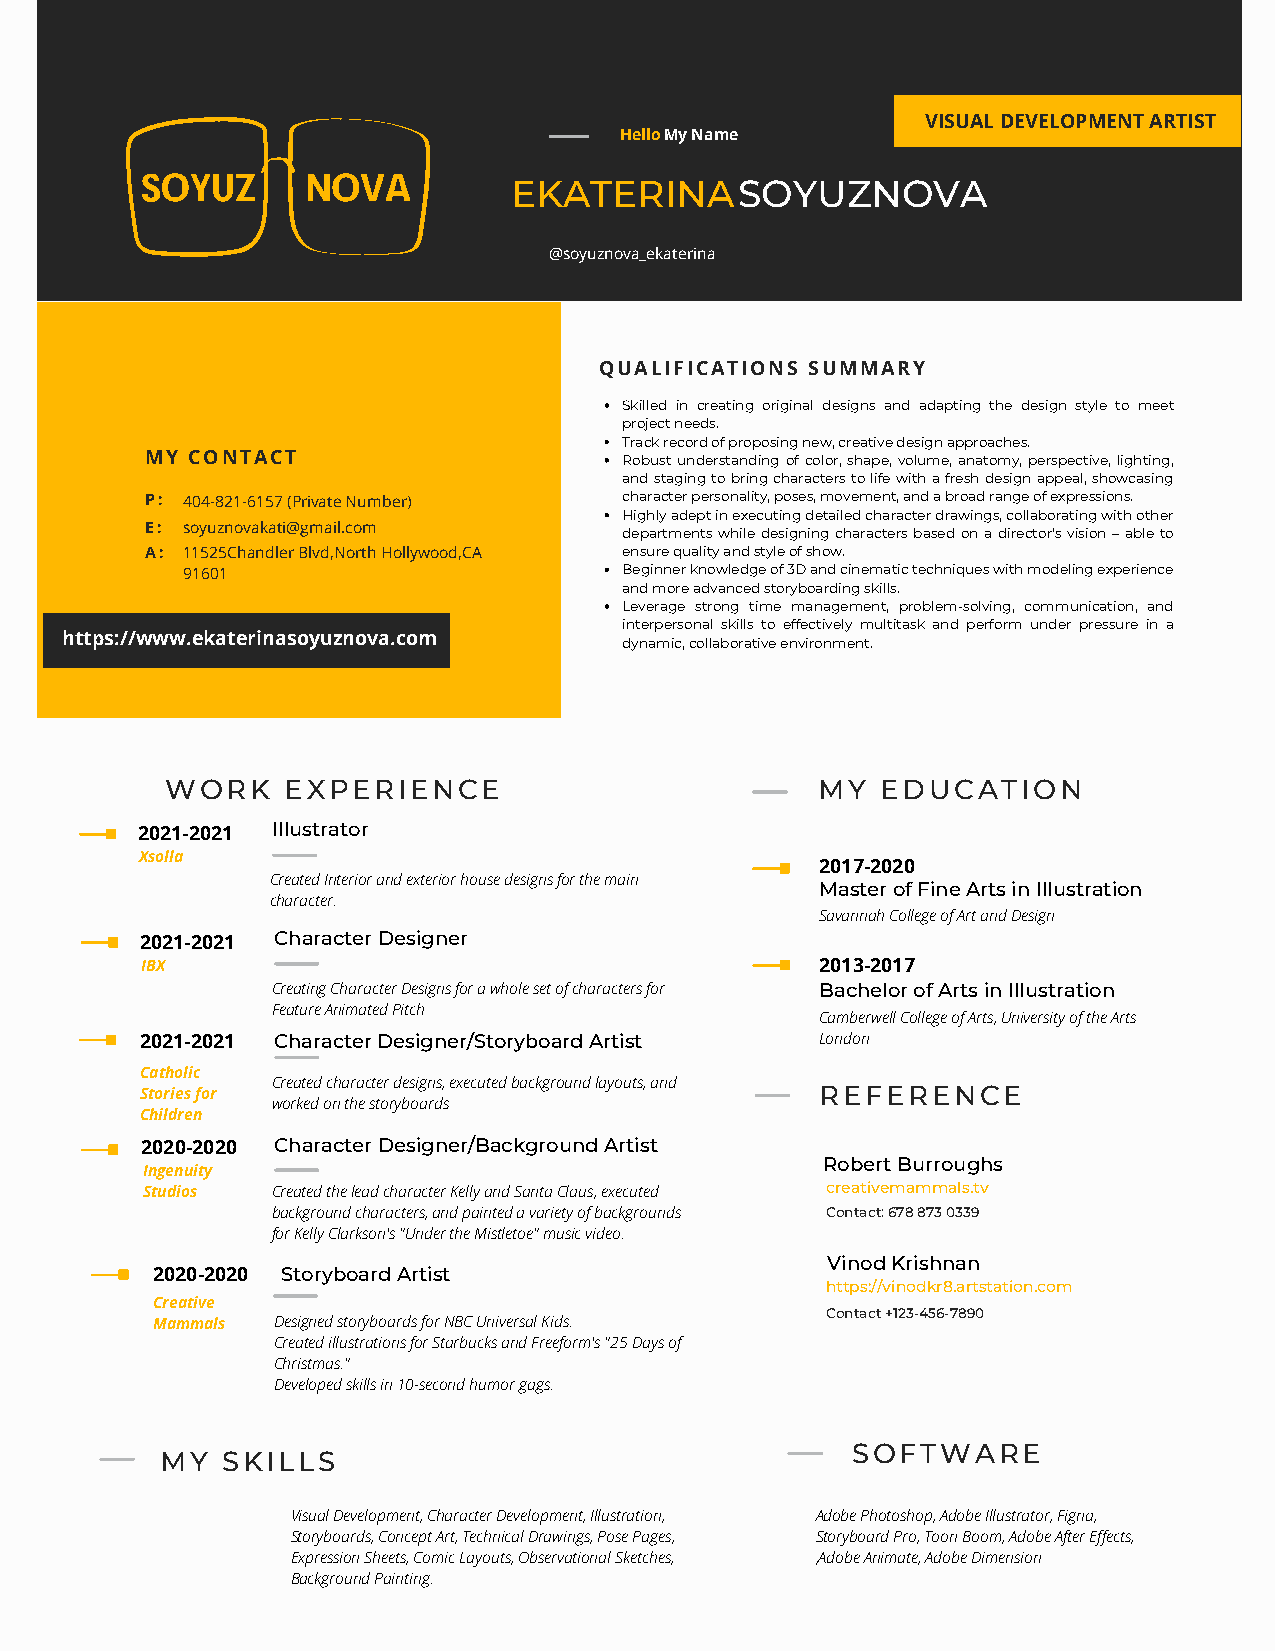
VISUAL DEVELOPMENT ARTIST
 HelloMy Name
 EKATERINASOYUZNOVA
 @soyuznova_ekaterina
 QUALIFICATIONS SUMMARY
 Skilled in creating original designs and adapting the design style to meet
 project needs.
 Track record of proposing new, creative design approaches.
 MY CONTACT                     Robust understanding of color, shape, volume, anatomy, perspective, lighting,
 and staging to bring characters to life with a fresh design appeal, showcasing
 P : 404-821-6157 (Private Number) character personality, poses, movement, and a broad range of expressions.
 Highly adept in executing detailed character drawings, collaborating with other
 E : soyuznovakati@gmail.com    departments while designing characters based on a director's vision – able to
 A : 11525Chandler Blvd,North Hollywood,CA ensure quality and style of show.
 91601                        Beginner knowledge of 3D and cinematic techniques with modeling experience
 and more advanced storyboarding skills.
 Leverage strong time management, problem-solving, communication, and
 interpersonal skills to effectively multitask and perform under pressure in a
 https://www.ekaterinasoyuznova.com
 dynamic, collaborative environment.
 WORK    EXPERIENCE                         MY  EDUCATION
 2021-2021 Illustrator
 Xsolla
 2017-2020
 Created Interior and exterior house designs for the main
 Master of Fine Arts in Illustration
 character.
 Savannah College of Art and Design
 2021-2021 Character Designer
 IBX                                          2013-2017
 Creating Character Designs for a whole set of characters for Bachelor of Arts in Illustration
 Feature Animated Pitch
 Camberwell College of Arts, University of the Arts
 2021-2021 Character Designer/Storyboard Artist London
 Catholic
 Created character designs, executed background layouts, and
 Stories for                                  REFERENCE
 worked on the storyboards
 Children
 2020-2020 Character Designer/Background Artist
 Robert Burroughs
 Ingenuity
 Studios  Created the lead character Kelly and Santa Claus, executed creativemammals.tv
 background characters, and painted a variety of backgrounds Contact: 678 873 0339
 for Kelly Clarkson's "Under the Mistletoe" music video.
 Vinod Krishnan
 2020-2020 Storyboard Artist
 https://vinodkr8.artstation.com
 Creative
 Contact +123-456-7890
 Mammals Designed storyboards for NBC Universal Kids.
 Created illustrations for Starbucks and Freeform's "25 Days of
 Christmas."
 Developed skills in 10-second humor gags.
 SOFTWARE
 MY  SKILLS
 Visual Development, Character Development, Illustration, Adobe Photoshop, Adobe Illustrator, Figna,
 Storyboards, Concept Art, Technical Drawings, Pose Pages, Storyboard Pro, Toon Boom, Adobe After Effects,
 Expression Sheets, Comic Layouts, Observational Sketches, ,Adobe Animate, Adobe Dimension
 Background Painting.